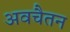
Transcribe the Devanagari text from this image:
अवचैतन